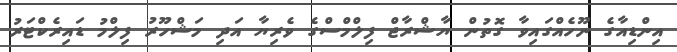
އިންޑިއާގެ ނޫހެއްގައިވާ ގޮތުން ޔާޝްރާޖް ފިލްމްސްގެ ވެރިޔާ އަދި މަޝްހޫރު ފިލްމު ޑައިރެކްޓަރު